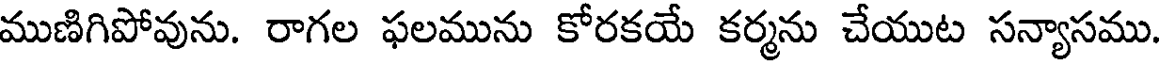
ముణిగిపోవును. రాగల ఫలమును కోరకయే కర్మను చేయుట సన్యాసము.